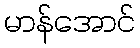
မာန်အောင်